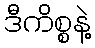
ဒီကိစ္စနဲ့